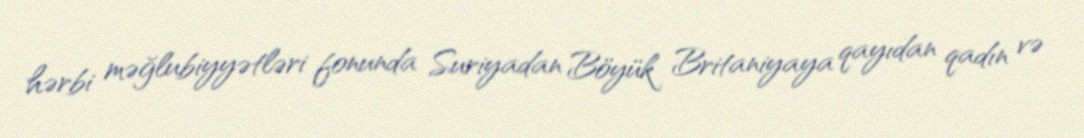
hərbi məğlubiyyətləri fonunda Suriyadan Böyük Britaniyaya qayıdan qadın və